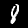
Digit: 8